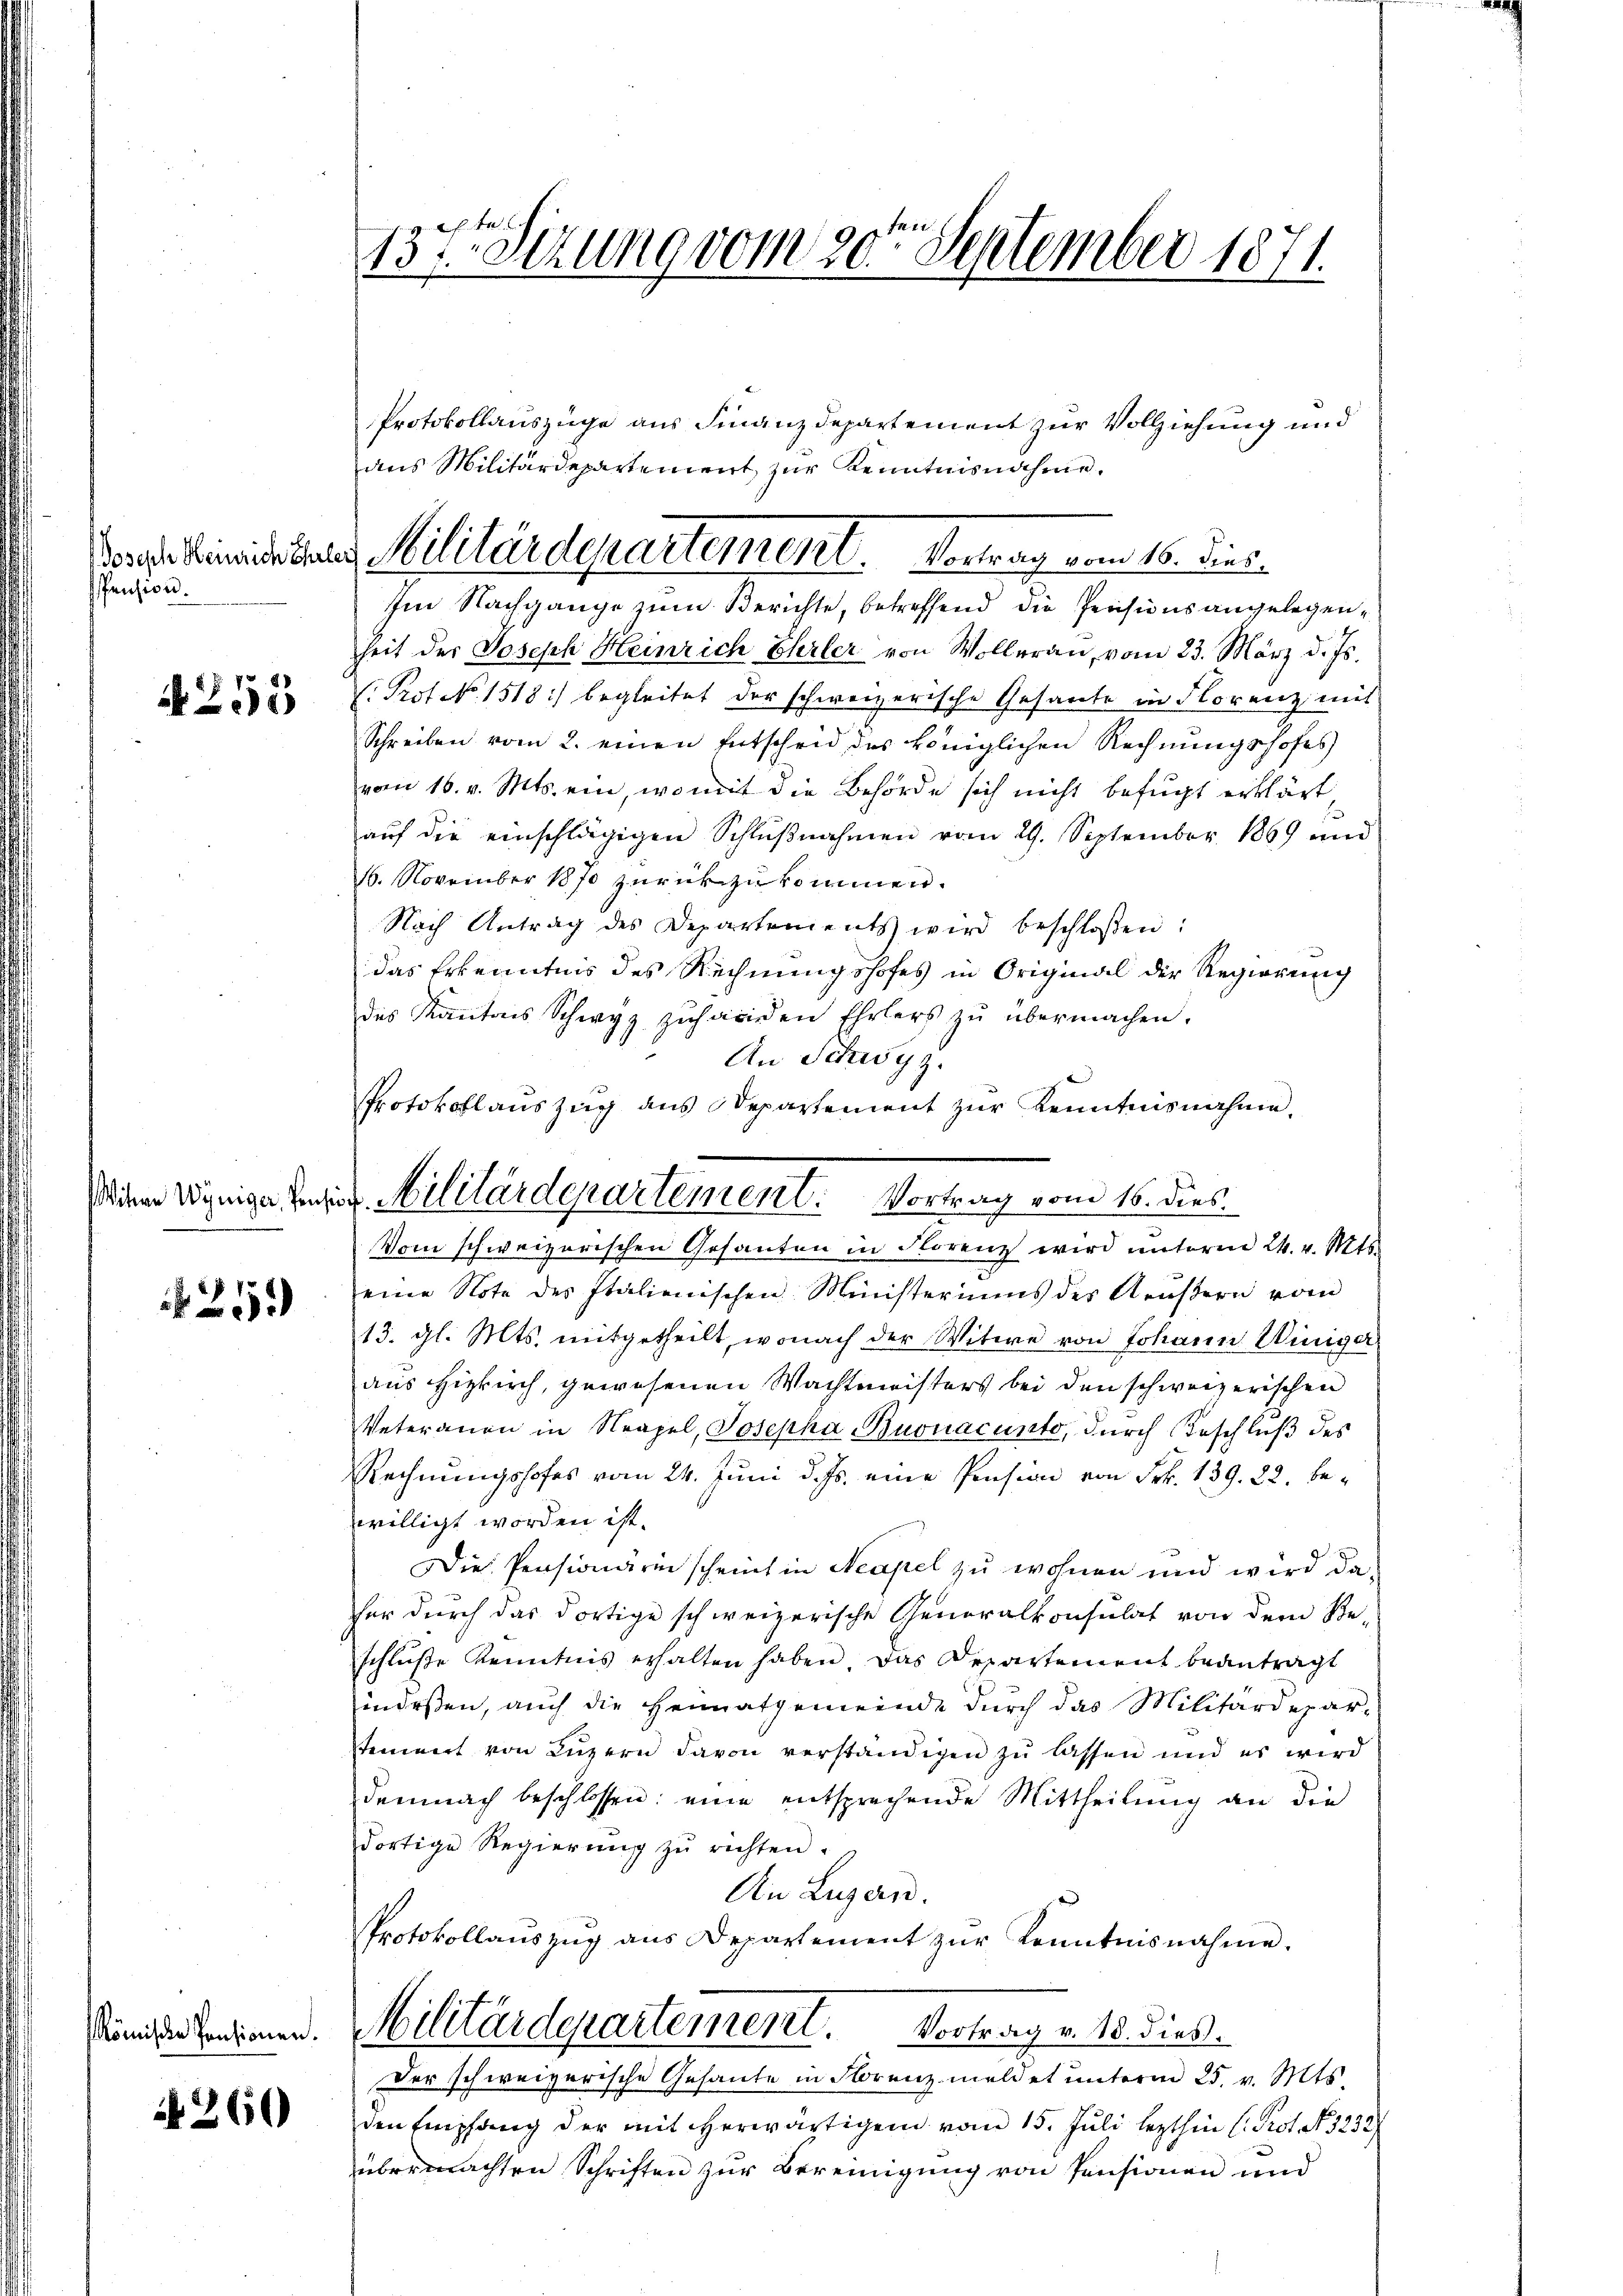
Joseph Heinrich Ehrlei
Pension.

N255

211

N 260

137. Sitzung vom 20ten September 1871.

t

Protokollauszüge aus Finanzdepartement zur Vollziehung und
Im Nachgange zum Berichte, betreffend die Revisionsangelegenheit der Joseph Heinrich Ehrler von Wolleran, vom 23. März d. Js.
C. Prof. No. 1518) begleitet der schweizerische Gesante in Florenz mit
Schreiben vom 2. einen Entscheid des Königlichen Rechnungshofes
vom 16. v. Mts. ein, womit die Behörde sich nicht befugt erklärt
auf die einschlägigen Schlußnahmen vom 29. September 1869 und
16. November 1870 zurückzukommen.
Nach Antrag des Departements wird beschlossen:
das Erkenntnis des Rechnungshofes in Original der Regierung
des Kantons Schwyz zŭhaciden Ehrlers zŭ übermachen.
An Schwyz.
Vom schweizerischen Gesanten in Florenz wird unterm 24. v. Mts.
eine Note des Italienischen Ministeriums des Aeußern vom
13. gl. Mts. mitgetheilt, wonach der Witwe von Johann Winiger
aus Hizkirch, gewesenen Wachtmeisters bei den schweizerischen
Veteranen in Neapel, Josepha Buonacunto, durch Beschluß des
Rechnungshofes vom 24. Juni d. Js. eine Pension von Frk. 139. 22. bewilligt worden ist.
Die Pensionärin scheint in Neapel zu wohnen und wird daher durch das dortige schweizerische Generalkonsulat von dem Be-
schlüße Kenntnis erhalten haben, das Departement beantragt
hindessen, auch die Heimatgemeinde durch das Militärdeparstement von Luzern davon verständigen zu lassen und es wird
demnach beschlossen: eine entsprechende Mittheilung an die
dortige Regierŭng zŭ richten.
An Luzern.
Protokollaŭszŭg aŭs Departement zŭr Kenntnisnahme.
Sündetenten. Militärderartement. Vortrag v. 18. dieß.
Der schweizerische Gesante in Florenz meldet unterm 25. v. Mts.
den Empfang der mit herwärtigen vom 15. Juli lezthin (Prot. N. 3232
übermachten Schriften zur Bereinigung von Pensionen und

aus Militärdepartement zur Kenntnisnahme.
Militärdepartement. Vortrag vom 16. dies

Protokollauszug aus Departement zur Kenntnisnahme.
Wiene Winige Herrn Militärdepartement. Vortrag vom 16. dies